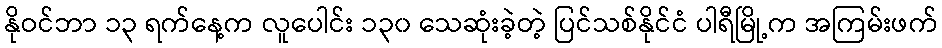
နိုဝင်ဘာ ၁၃ ရက်နေ့က လူပေါင်း ၁၃၀ သေဆုံးခဲ့တဲ့ ပြင်သစ်နိုင်ငံ ပါရီမြို့က အကြမ်းဖက်